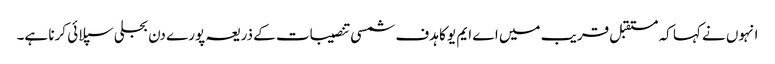
انہوں نے کہا کہ مستقبل قریب میں اے ایم یو کا ہدف شمسی تنصیبات کے ذریعہ پورے دن بجلی سپلائی کرنا ہے۔